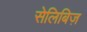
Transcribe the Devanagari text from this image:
सेलिबिज़